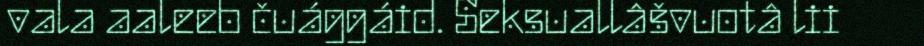
vala aaleeb čuággáid. Seksuallâšvuotâ lii